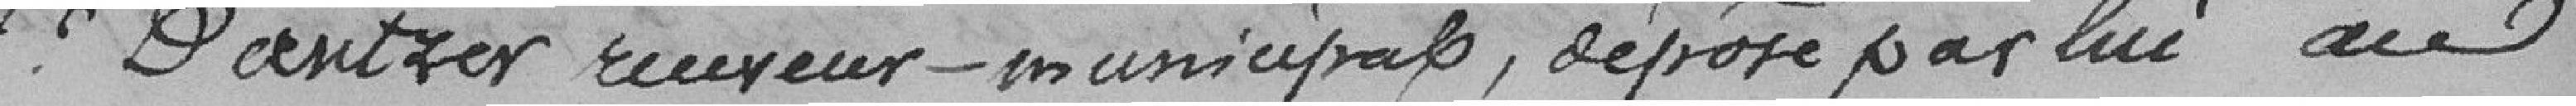
Sieur Dantzer receveur-municipal, dépose par lui au